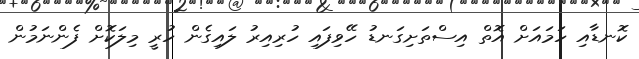
ކޮނޑާއި ހަމައަށް އޮތް އިސްތަށިގަނޑު ހޭވިފައި ހުރިއިރު ލައިގެން ހުރީ މިލަކޮށް ފެންނަމުން